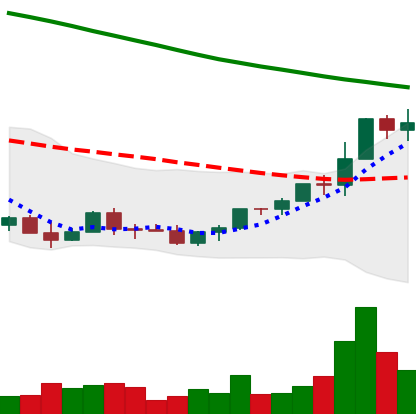
Ticker: EOS-USD
Chart end date: 2022-03-24
Forward return: 14.165%
Label: up_7plus